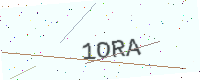
Text: 1ORA